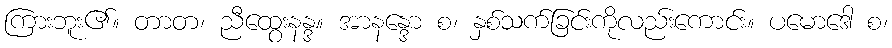
ကြားဘူး၏။ တာတ၊ ညီထွေးနန္ဒ။ အာနန္ဒော စ၊ နှစ်သက်ခြင်းကိုလည်းကောင်း။ ပမောဒေါ စ၊